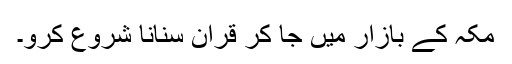
مکہ کے بازار میں جا کر قرآن سنانا شروع کرو۔